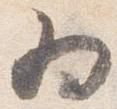
為